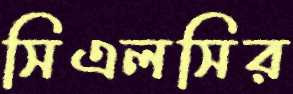
সিএলসির